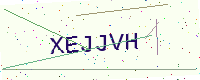
Text: XEJJVH